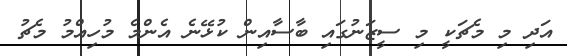
އަދި މި މެޗަކީ މި ސީޒަނުގައި ބާސާއިން ކުޅޭނެ އެންމެ މުހިއްމު މެޗު